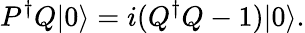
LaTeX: P^{\dagger}Q|0\rangle=i(Q^{\dagger}Q-1)|0\rangle.